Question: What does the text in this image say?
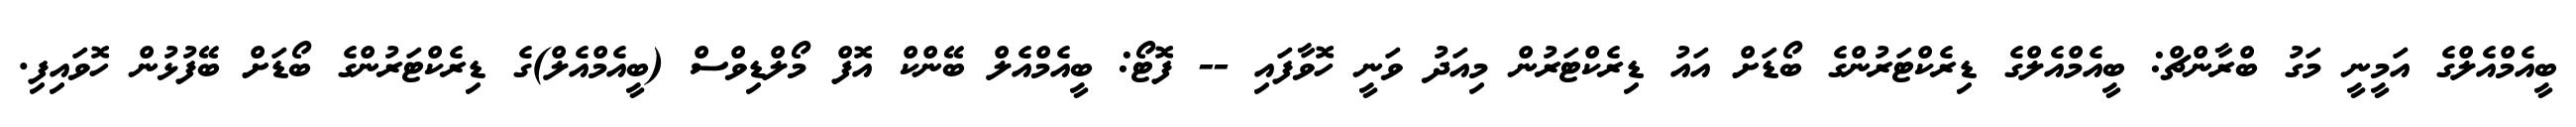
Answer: ބީއެމްއެލްގެ އަމީނީ މަގު ބްރާންޗް: ބީއެމްއެލްގެ ޑިރެކްޓަރުންގެ ބޯޑަށް އައު ޑިރެކްޓަރުން މިއަދު ވަނީ ހޮވާފައި -- ފޮޓޯ: ބީއެމްއެލް ބޭންކް އޮފް މޯލްޑިވްސް (ބީއެމްއެލް)ގެ ޑިރެކްޓަރުންގެ ބޯޑަށް ބޭފުޅުން ހޮވައިފި.